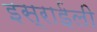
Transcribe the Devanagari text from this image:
इस्राईली